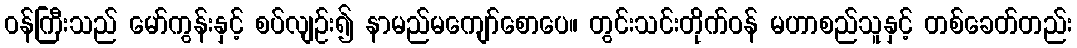
ဝန်ကြီးသည် မော်ကွန်းနှင့် စပ်လျဉ်း၍ နာမည်မကျော်စောပေ။ တွင်းသင်းတိုက်ဝန် မဟာစည်သူနှင့် တစ်ခေတ်တည်း